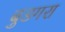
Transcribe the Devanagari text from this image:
बुडगरा